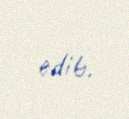
edib.